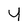
Character: y